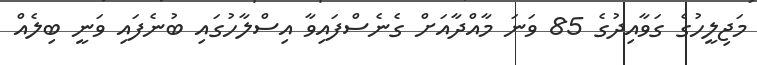
މަޖިލީހުގެ ގަވާއިދުގެ 85 ވަނަ މާއްދާއަށް ގެނެސްފައިވާ އިސްލާހުގައި ބުނެފައި ވަނީ ބިލެއް